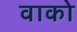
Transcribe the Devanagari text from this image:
वाको